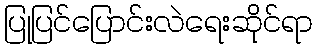
ပြုပြင်ပြောင်းလဲရေးဆိုင်ရာ